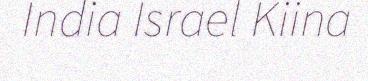
India Israel Kiina